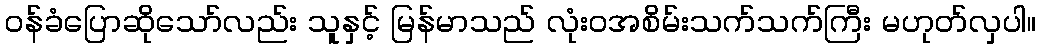
ဝန်ခံပြောဆိုသော်လည်း သူနှင့် မြန်မာသည် လုံးဝအစိမ်းသက်သက်ကြီး မဟုတ်လှပါ။